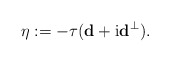
\begin{align*} \eta:=-\tau(\mathbf d+\mathrm i \mathbf d^\perp). \end{align*}